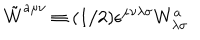
\tilde { W } ^ { a \mu \nu } \equiv ( 1 / 2 ) \epsilon ^ { \mu \nu \lambda \sigma } W _ { \lambda \sigma } ^ { a }